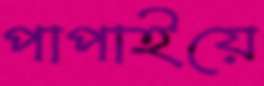
পাপাইয়ে